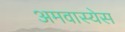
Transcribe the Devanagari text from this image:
अमवास्येस